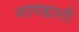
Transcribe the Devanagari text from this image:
नागहानी